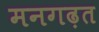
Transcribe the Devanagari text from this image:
मनगढ़त